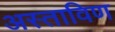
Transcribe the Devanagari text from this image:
अस्ताविण